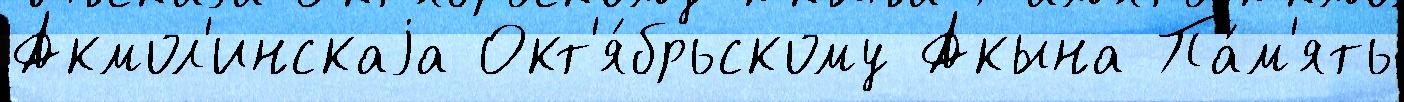
Акмол'инскаjа Окт'я́брьскому Акына Па́м'ять